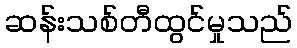
ဆန်းသစ်တီထွင်မှုသည်